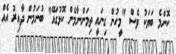
ކޮންމެ ބަޔަކު ވެސް "މީހުން ގިނައީ ތިމަންނާމެން ކޮޅުގައޭ" ބުނަމުން ދާއިރު އެއް